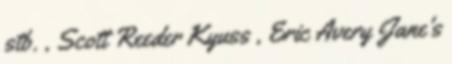
stb. , Scott Reeder Kyuss , Eric Avery Jane's